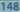
148